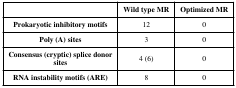
<table><thead><tr><td></td><td><b>Wild type MR</b></td><td><b>Optimized MR</b></td></tr></thead><tbody><tr><td><b>Prokaryotic inhibitory motifs</b></td><td>12</td><td>0</td></tr><tr><td><b>Poly (A) sites</b></td><td>3</td><td>0</td></tr><tr><td><b>Consensus (cryptic) splice donor</b><b>sites</b></td><td>4 (6)</td><td>0</td></tr><tr><td><b>RNA instability motifs (ARE)</b></td><td>8</td><td>0</td></tr></tbody></table>